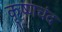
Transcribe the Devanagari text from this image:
कृष्णचंद